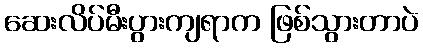
ဆေးလိပ်မီးပွားကျရာက ဖြစ်သွားတာပဲ